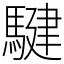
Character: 騝